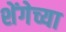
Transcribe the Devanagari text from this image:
शेंगेच्या